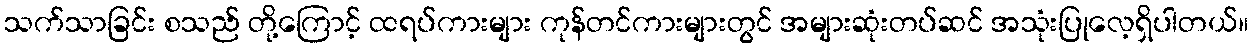
သက်သာခြင်း စသည် တို့ကြောင့် ထရပ်ကားများ ကုန်တင်ကားများတွင် အများဆုံးတပ်ဆင် အသုံးပြုလေ့ရှိပါတယ်။